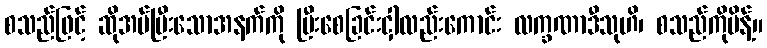
စသည်ဖြင့် ဆိုအပ်ပြီးသောအနက်ကို ပြီးစေခြင်းငှါလည်းကောင်း လက္ခဏာဒီသုဟိ၊ စသည်ကိုမိန့်။